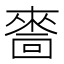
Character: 𠾂